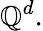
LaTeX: \mathbb{Q}^{d}.